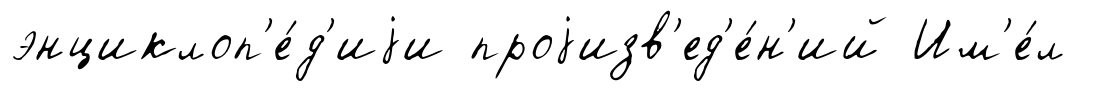
энциклоп'е́д'иjи проjизв'ед'е́н'ий Им'е́л